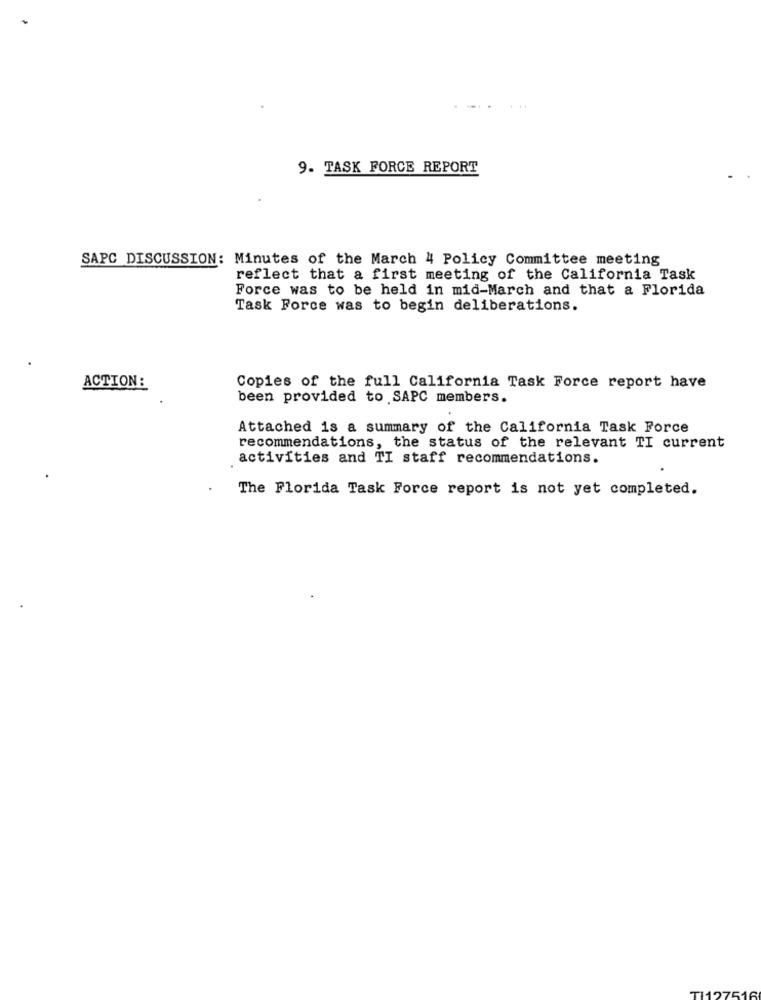
9. TASK FORCE REPORT
SAPC DISCUSSION: Minutes of the March 4 Policy Committee meeting
reflect that a first meeting of the California Task
Force was to be held in mid-March and that a Florida
Task Force was to begin deliberations.
ACTION:
Copies of the full California Task Force report have
been provided to SAPC members.
Attached is a summary of the California Task Force
recommendations, the status of the relevant TI current
activities and TI staff recommendations.
The Florida Task Force report is not yet completed.